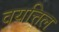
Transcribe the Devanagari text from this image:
वयत्तिल